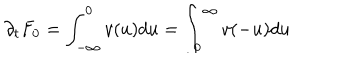
LaTeX: \partial _ { t } F _ { 0 } = \int _ { - \infty } ^ { 0 } v ( u ) d u = \int _ { 0 } ^ { \infty } v ( - u ) d u